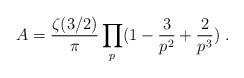
LaTeX: \begin{align*}A = \frac{\zeta(3/2)}\pi \prod_p(1- \frac3{p^2}+\frac{2}{p^3})\;.\end{align*}